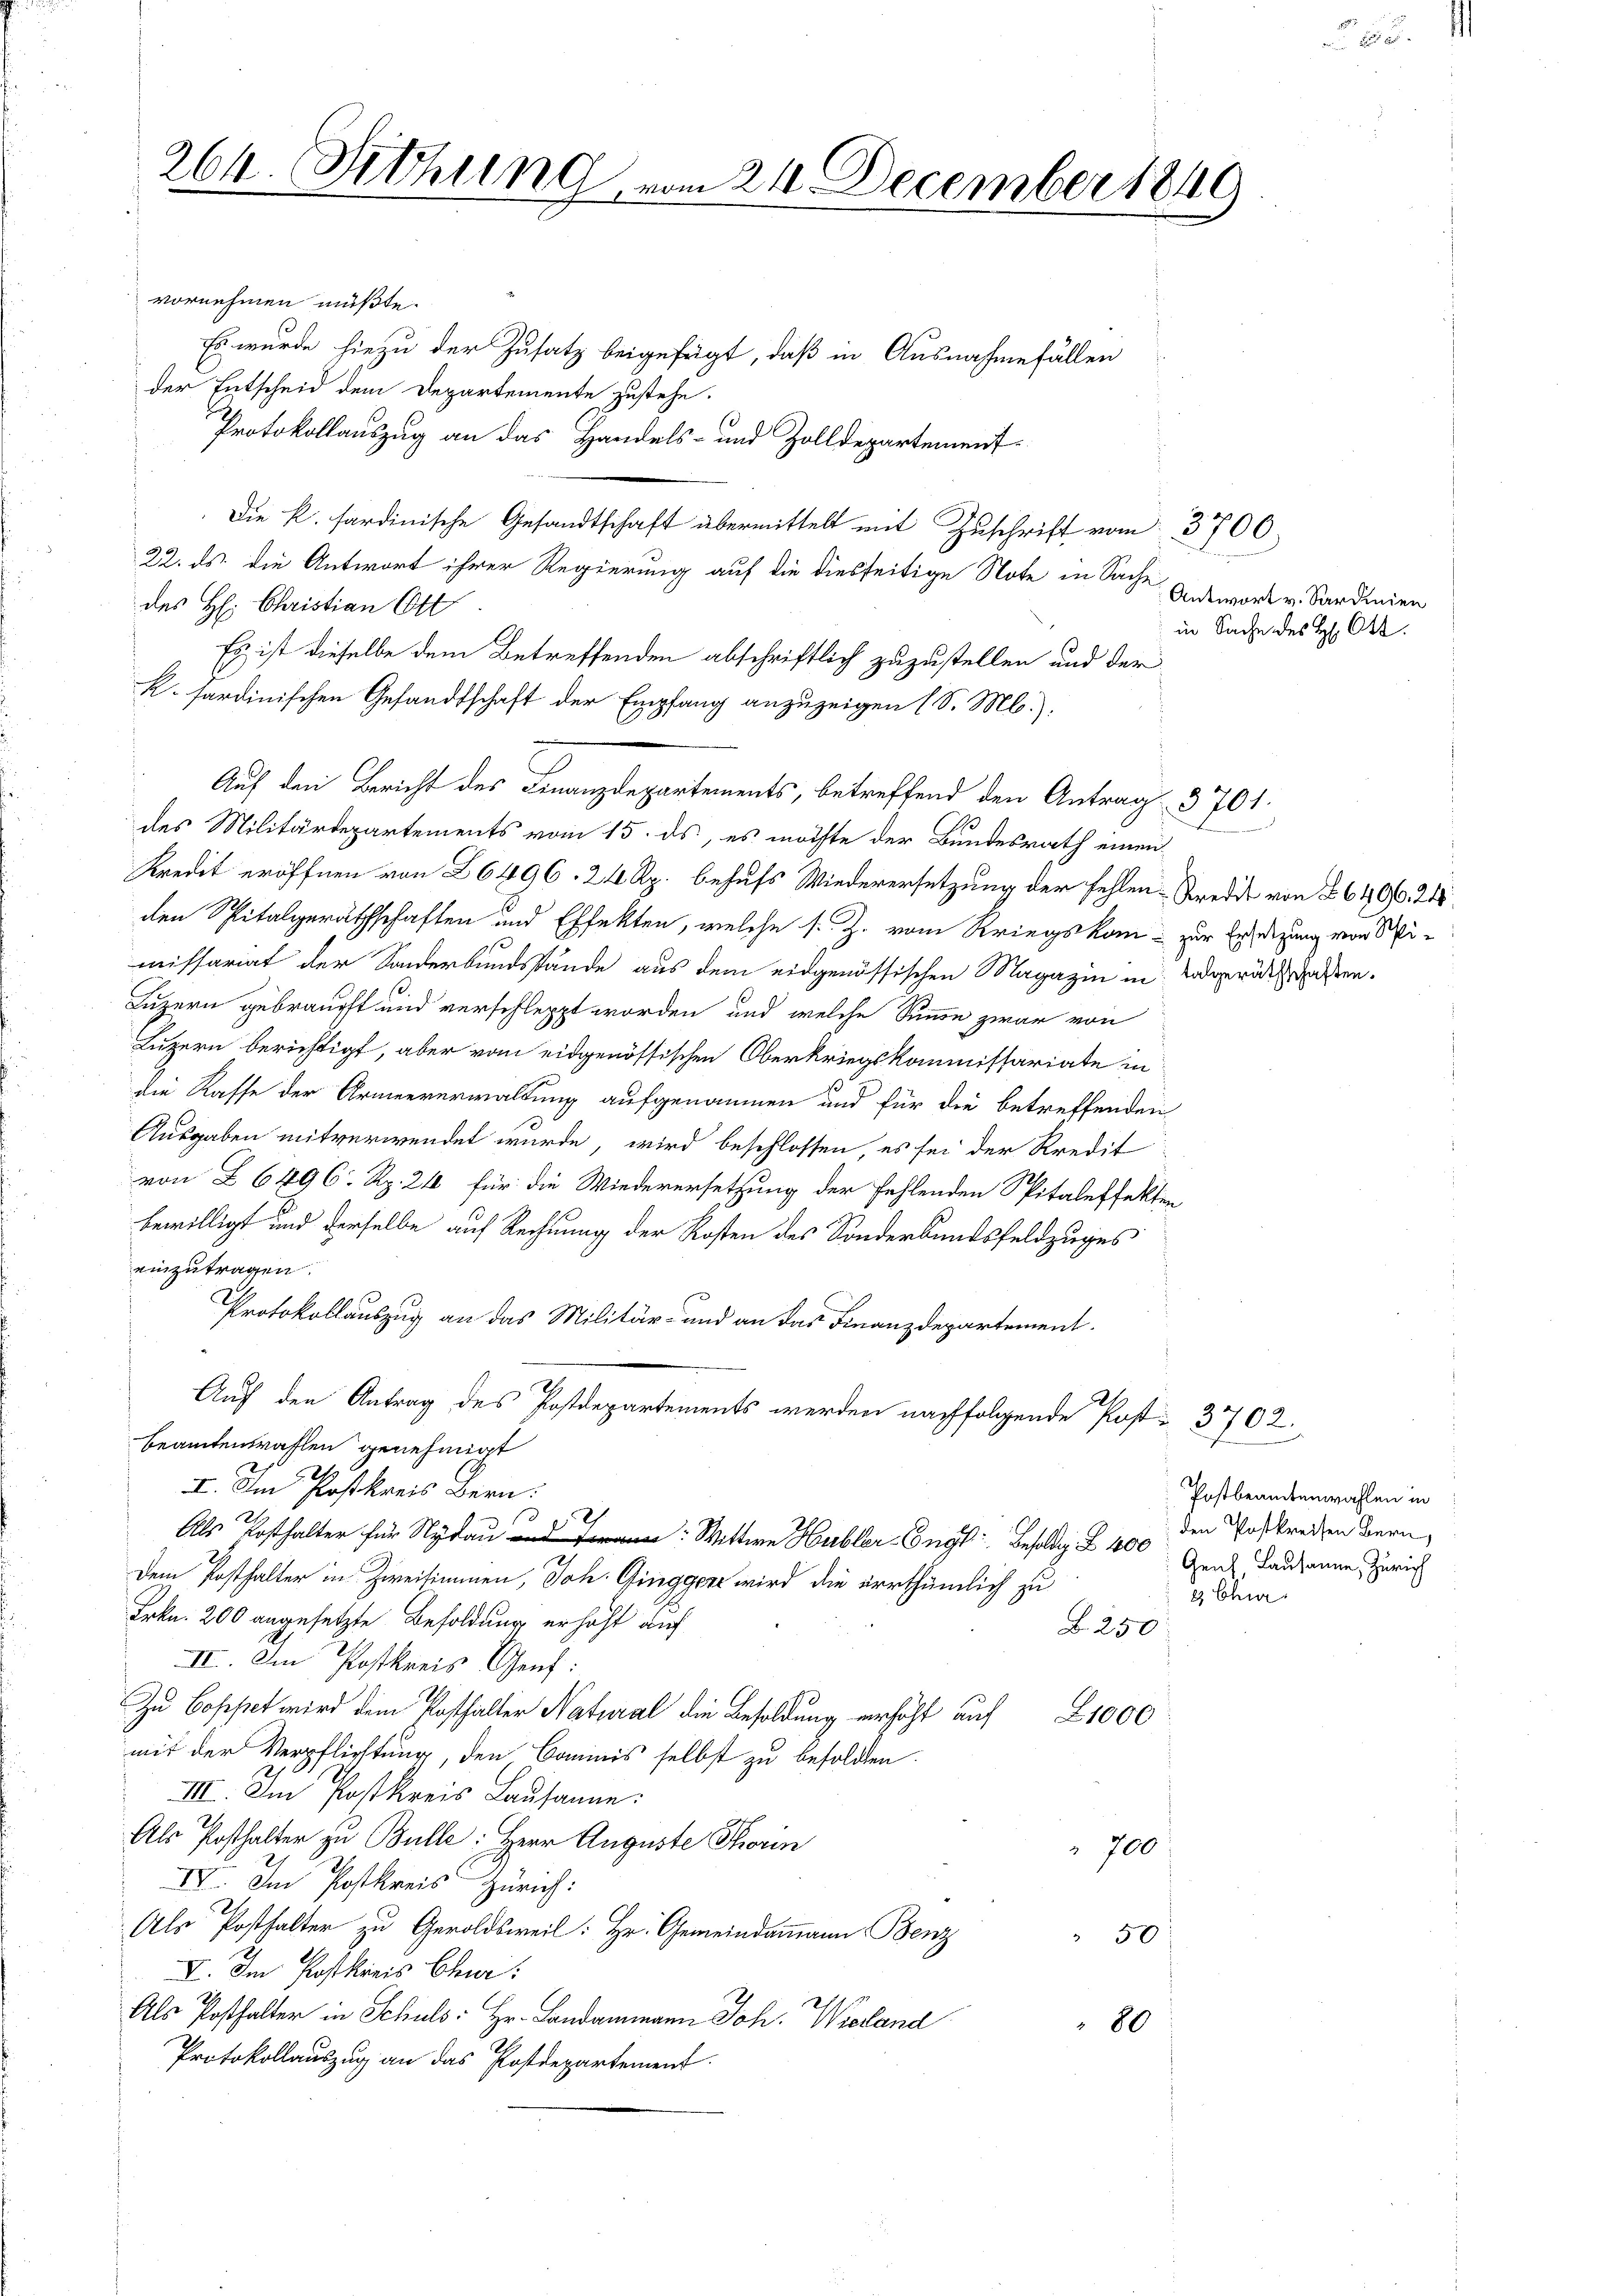
d
264. Sitzung vom 21. December 1840

vornehmen müßte.
Es wurde hiezu der Zusatz beigefügt, daß in Ausnahmefällen
der Entscheid dem Departemente zustehe.
Protokollauszug an das Handels- und Zolldepartement¬
Die k. hardinische Gesandtschaft übermittelt mit Zŭschrift vom 3706.
22. ds. die Antwort ihrer Regierung auf die diesseitige Note in Sache
des H: Christian (Oft
Es ist dieselbe dem Betreffenden abschriftlich zuzustellen und der
K. sardinischen Gesandtschaft der Empfang anzuzeigen (S. Ml.).
Auf den Bericht des Finanzdepartements, betreffend den Antrag 3701.
des Militärdepartements vom 15. ds, es möchte der Bundesrath einen
Kredit eröffnen von 26496. 24 Rp. behufs Wiederersetzung der fehlen-Kredit von 2640/0 21
den Spitalgeräthschaften und Effekten, welche s. Z. vom Kriegskom- zur Erledigung von Wimissariat der Sonderbundstände aus dem eidgenössischen Magazin in Todgerätstraßen¬
Luzern gebraucht und verschleppt worden und welche Summe zwar von
Luzern berichtigt, aber vom eidgenössischen Oberkriegskommissariate in
die Kaffe der Armenverwaltung aufgenommen und für die betreffenden
Ausgaben mitverwendet wurde, wird beschlossen, es sei der Kredit
von Z 6496. Rp. 24 für die Wiederersetzung der fehlenden Spitaleffekten
bewilligt und derselbe auf Rechnung der Kosten des Sonderbundsfeldzuges
einzutragen.
Protokollauszug an das Militär- und an das Finanzdepartement
Auf den Antrag des Postdepartements werden nachfolgende Post- 3702.
beamtenwahlen genehmigt
II. Im Postkreis Bern:
2
Als Posthalter für Nydau an: Wittwe Hubler-Congs Besolde S. 400 den Postkreden Bern,
Dem Posthalter in Zweitimmen, Joh. Gingger wird die irrthümlich zu
e Chur
Frkn. 200 angesetzte Besoldung erhöht auf
B. 250
III. Im Postkreis Genf:
Zu Coppet wird dem Posthalter Natural die Besoldung erhöht auf 1000
mit der Verpflichtung, den Cominis selbst zu besolden.
III. Im Postkreis Lausanne:
Als Posthalter zu Bulle: Herr Auguste Thorin
700
IV. Im Postkreis Zürich:
Als Posthalter zu Geroldsweil: Hr. Gemeindammann Benz
50
VI. Im Postkreis Chur:
Als Posthalter in Schuls: Hr. Landammann Joh. Wieland
80
Protokollauszug an das Postdepartement.

so

Antwort v. Sardinien
 in Sache des H. Cts.

Postbrambenwahlen in
Genf Lausanne, Zürich